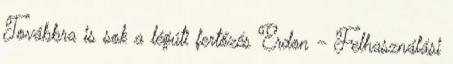
Továbbra is sok a légúti fertőzés Erdon – Felhasználási